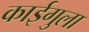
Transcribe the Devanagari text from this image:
काईगुला